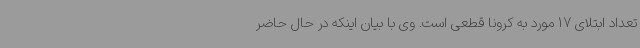
تعداد ابتلای 17 مورد به کرونا قطعی است. وی با بیان اینکه در حال حاضر